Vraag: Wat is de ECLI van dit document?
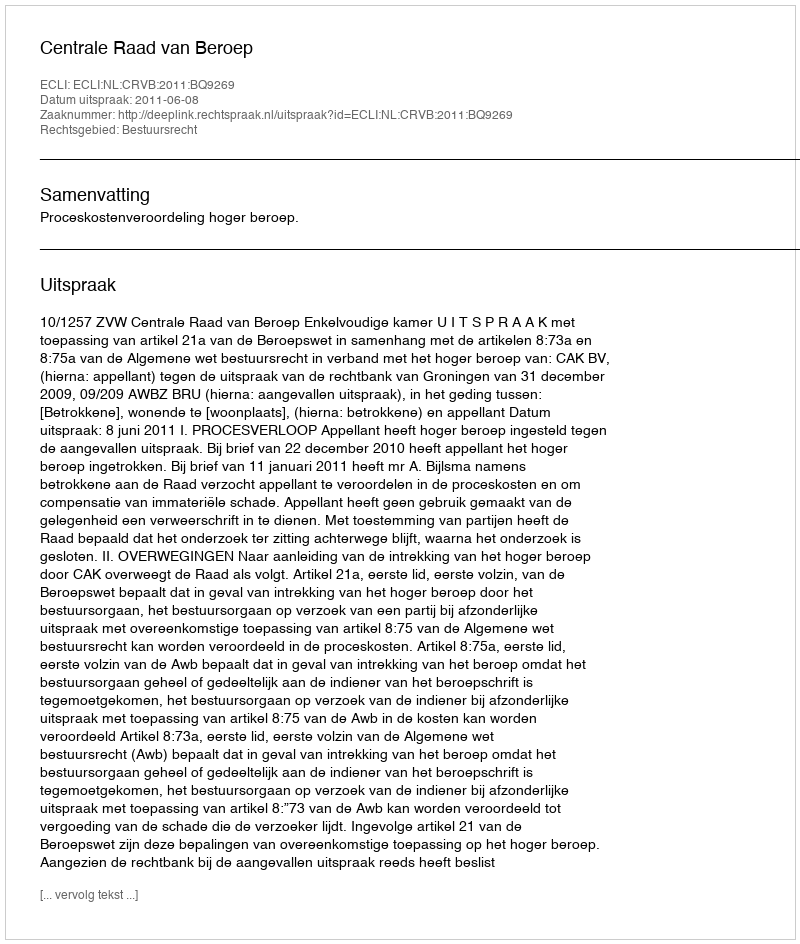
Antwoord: ECLI:NL:CRVB:2011:BQ9269